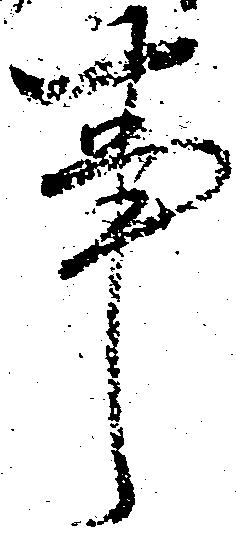
事